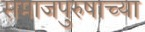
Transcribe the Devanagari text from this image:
समाजपुरुषाच्या